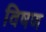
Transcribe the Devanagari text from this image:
विषण